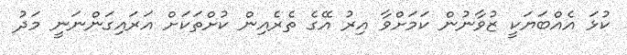
ކުޅަ އެއްބަޔަކީ ޒުވާނުން ކަމަށްވާ އިރު އޭގެ ތެރެއިން ކުށްތަކަށް އަރައިގަންނަނީ މަދު